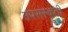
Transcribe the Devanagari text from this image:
उपसंस्कृती